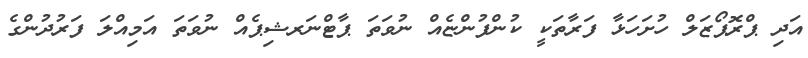
އަދި ޕްރޮޕޯޒަލް ހުށަހަޅާ ފަރާތަކީ ކުންފުންޏެއް ނުވަތަ ޕާޓްނަރޝިޕެއް ނުވަތަ އަމިއްލަ ފަރުދުންގެ